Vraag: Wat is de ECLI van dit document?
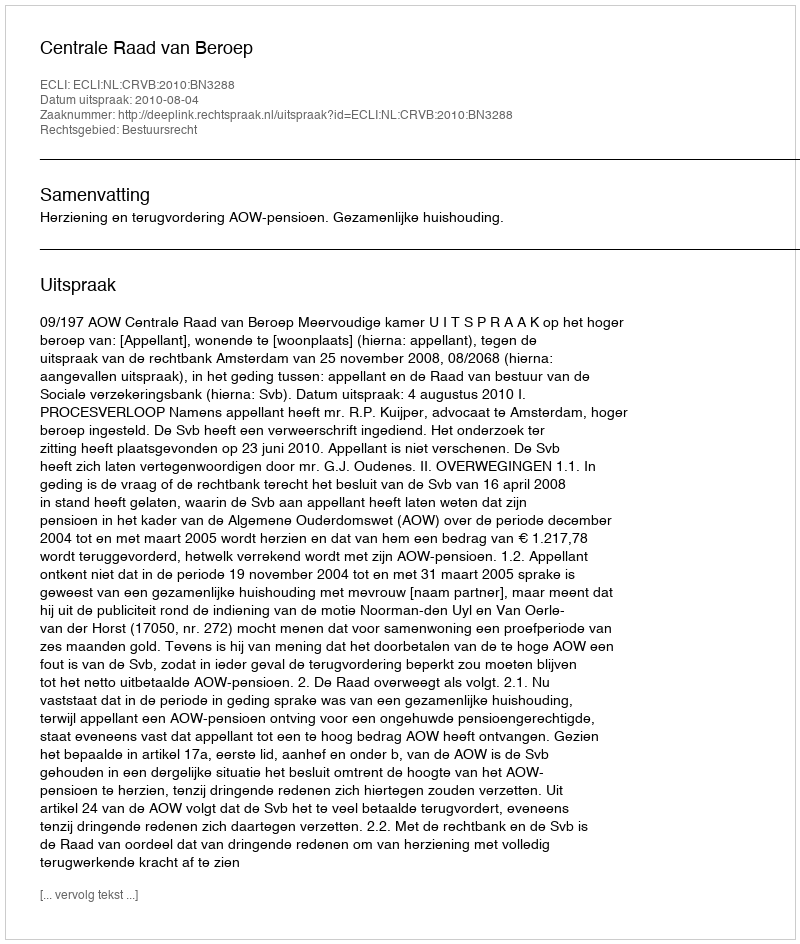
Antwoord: ECLI:NL:CRVB:2010:BN3288